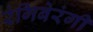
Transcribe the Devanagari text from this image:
रंगिबेरंगी